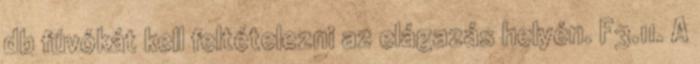
db fúvókát kell feltételezni az elágazás helyén. F3.11. A